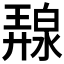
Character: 𭚛